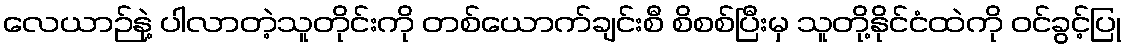
လေယာဉ်နဲ့ ပါလာတဲ့သူတိုင်းကို တစ်ယောက်ချင်းစီ စိစစ်ပြီးမှ သူတို့နိုင်ငံထဲကို ဝင်ခွင့်ပြု